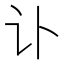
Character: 讣